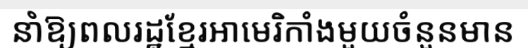
នាំឱ្យពលរដ្ឋខ្មែរអាមេរិកាំងមួយចំនួនមាន